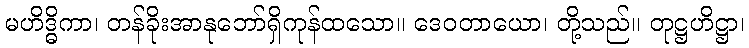
မဟိဒ္ဓိကာ၊ တန်ခိုးအာနုဘော်ရှိကုန်ထသော။ ဒေဝတာယော၊ တို့သည်။ တုဋ္ဌဟိဋ္ဌာ၊